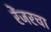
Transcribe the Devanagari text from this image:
रेंजरचा